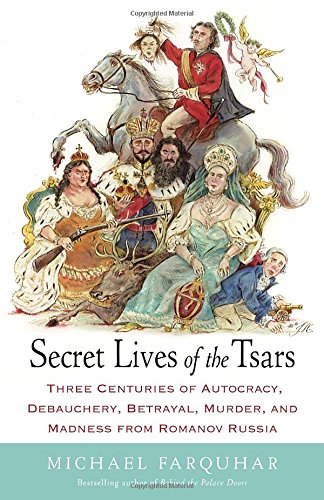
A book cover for Secret Lives of the Tsars: Three Centuries of Autocracy, Debauchery, Betrayal, Murder, and Madness from Romanov Russia; Michael Farquhar; Biographies & Memoirs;